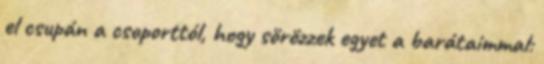
el csupán a csoporttól, hogy sörözzek egyet a barátaimmal: